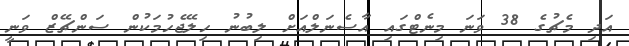
އަދި މެޗުގެ 38 ވަނަ މިނެޓްގައި އާސެނަލްއަށް ލިބުނު ހިލޭޖެހުމަކުން ސަންޗޭޒް ވަނީ